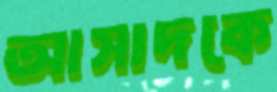
আসাদকে